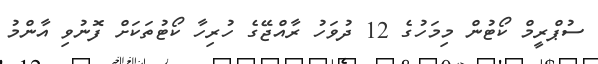
ސުޕްރީމް ކޯޓުން މިމަހުގެ 12 ދުވަހު ރާއްޖޭގެ ހުރިހާ ކޯޓުތަކަށް ފޮނުވި އާންމު